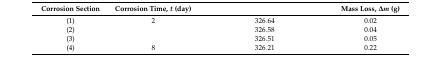
<table><thead><tr><td><b>Corrosion Section</b></td><td><b>Corrosion Time, <i>t</i> (day)</b></td><td>[EMPTY_CELL]</td><td><b>Mass Loss, <i>Δm</i> (g)</b></td></tr></thead><tbody><tr><td>(1)</td><td>2</td><td>326.64</td><td>0.02</td></tr><tr><td>(2)</td><td>[EMPTY_CELL]</td><td>326.58</td><td>0.04</td></tr><tr><td>(3)</td><td>[EMPTY_CELL]</td><td>326.51</td><td>0.05</td></tr><tr><td>(4)</td><td>8</td><td>326.21</td><td>0.22</td></tr></tbody></table>